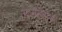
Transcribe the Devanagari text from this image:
स्टर्नहेगेन